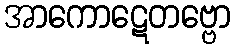
အာကောဋေတဗ္ဗော